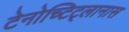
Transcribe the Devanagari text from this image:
टेनोच्टिट्लानास